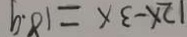
1 2 x - 3 a = 1 8 . 9